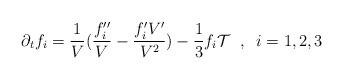
LaTeX: \begin{align*}\partial_t f_i= \frac{1}{V}(\frac{f_i''}{V}- \frac{f_i'V'}{V^2}) -\frac{1}{3}f_i \mathcal{T}\;\;, \;\; i=1, 2, 3\end{align*}